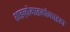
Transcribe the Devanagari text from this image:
शाइज़ोमाइकोफाइटा